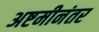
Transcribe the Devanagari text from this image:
अष्टमीनंतर